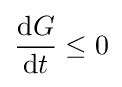
{\frac {\mathrm {d} G}{\mathrm {d} t}}\leq 0